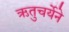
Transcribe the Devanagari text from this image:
ऋतुचर्येने